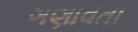
ગણાવતા